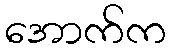
အောက်က